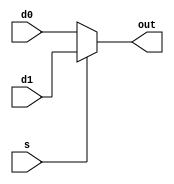
/*this mux has two data inputs and one output every port is 32bit*/ 

module mux_32 (d0,d1,s,out);

	input [31:0] d0; // first data input 32 bit
	input [31:0] d1; // second data input 32 bit
	input s; //sellector 1 bit

	output [31:0] out; // output 32 bit

	assign out = (s)? d1 : d0; //test the sellector "s" 
	/*if it is low ==> the output "out" = the first data input "d0"
	if it is high ==> the output "out" = the second data input "d1"*/



endmodule